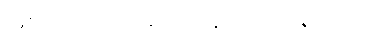
ဖြစ်သည့်အတွက် လူဝတ်လဲရသည်။